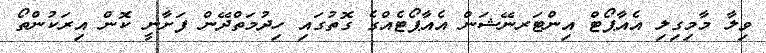
ވިލާ މާމިގިލި އެއާޕޯޓް އިންޓަރނޭޝަން އެއާޕޯޓެއްގެ ގޮތުގައި ހިދުމަތްދޭން ފަށާނީ ކޮން އިރަކުންތޯ